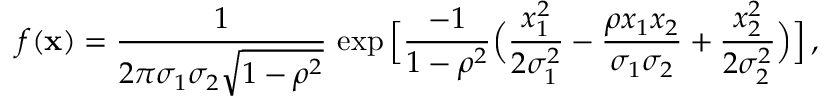
f ( { \bf x } ) = { \frac { 1 } { 2 \pi \sigma _ { 1 } \sigma _ { 2 } \sqrt { 1 - \rho ^ { 2 } } } } \, \exp \Big [ { \frac { - 1 } { 1 - \rho ^ { 2 } } } \Big ( { \frac { x _ { 1 } ^ { 2 } } { 2 \sigma _ { 1 } ^ { 2 } } } - { \frac { \rho x _ { 1 } x _ { 2 } } { \sigma _ { 1 } \sigma _ { 2 } } } + { \frac { x _ { 2 } ^ { 2 } } { 2 \sigma _ { 2 } ^ { 2 } } } \Big ) \Big ] \, ,